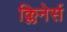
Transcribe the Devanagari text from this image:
क्लिनेर्स